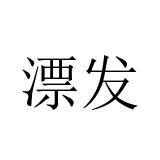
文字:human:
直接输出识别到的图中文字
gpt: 漂发